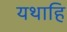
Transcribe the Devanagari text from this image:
यथाहि